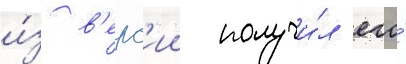
и́з в'ерс'ии получи́л его́